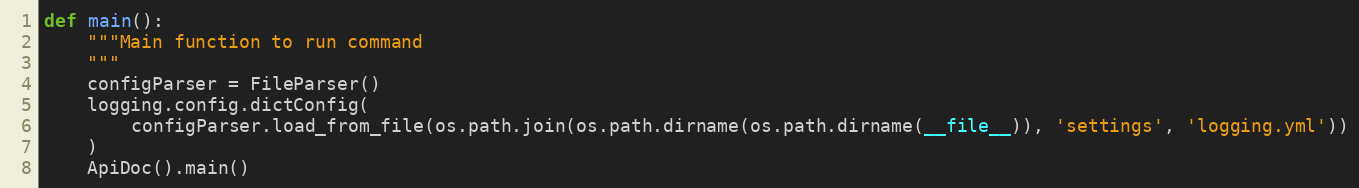
Language: Python
def main():
    """Main function to run command
    """
    configParser = FileParser()
    logging.config.dictConfig(
        configParser.load_from_file(os.path.join(os.path.dirname(os.path.dirname(__file__)), 'settings', 'logging.yml'))
    )
    ApiDoc().main()